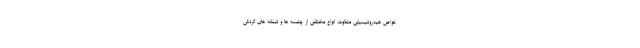
خواص هیدروشیمیایی متفاوت، انواع مختلفی از چشمه ها و شبکه های گردش